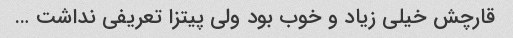
قارچش خیلی زیاد و خوب بود ولی پیتزا تعریفی نداشت …